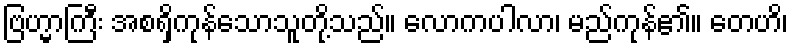
ဗြဟ္မာကြီး အစရှိကုန်သောသူတို့သည်။ လောကပါလာ၊ မည်ကုန်၏။ တေဟိ၊